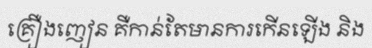
គ្រឿងញៀន គឺកាន់តែមានការកើនឡើង និង